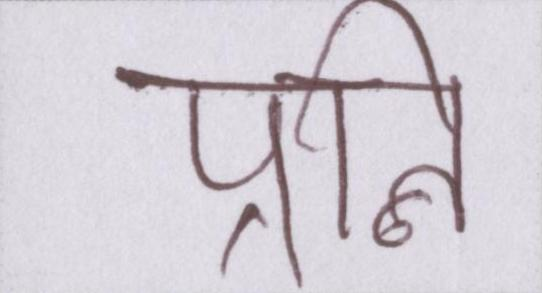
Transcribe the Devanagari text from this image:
पत्नि